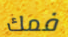
فمك